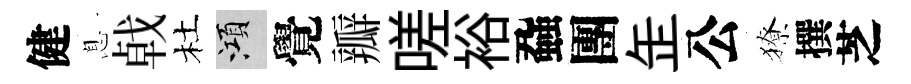
健息㦸杜澒覺瓣嗟裕蝨團𦈢公獠撰芝